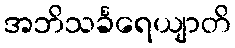
အဘိသင်္ခရေယျာတိ